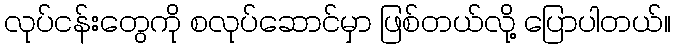
လုပ်ငန်းတွေကို စလုပ်ဆောင်မှာ ဖြစ်တယ်လို့ ပြောပါတယ်။